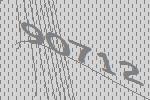
90712